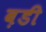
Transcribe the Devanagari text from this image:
ब़डी